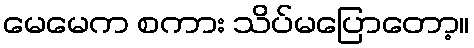
မေမေက စကား သိပ်မပြောတော့။